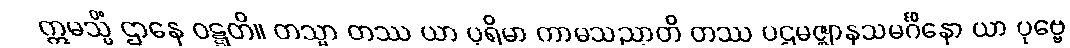
ဣမသ္မိံ ဌာနေ ဝဋ္ဋတိ။ တသ္မာ တဿ ယာ ပုရိမာ ကာမသညာတိ တဿ ပဌမဇ္ဈာနသမင်္ဂိနော ယာ ပုဗ္ဗေ